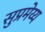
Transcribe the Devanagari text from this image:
सुप्रमेय्य